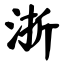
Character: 浙